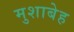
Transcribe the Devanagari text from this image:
मुशाबेह